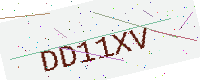
Text: DD11XV